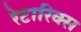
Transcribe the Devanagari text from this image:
रेटारिक्स